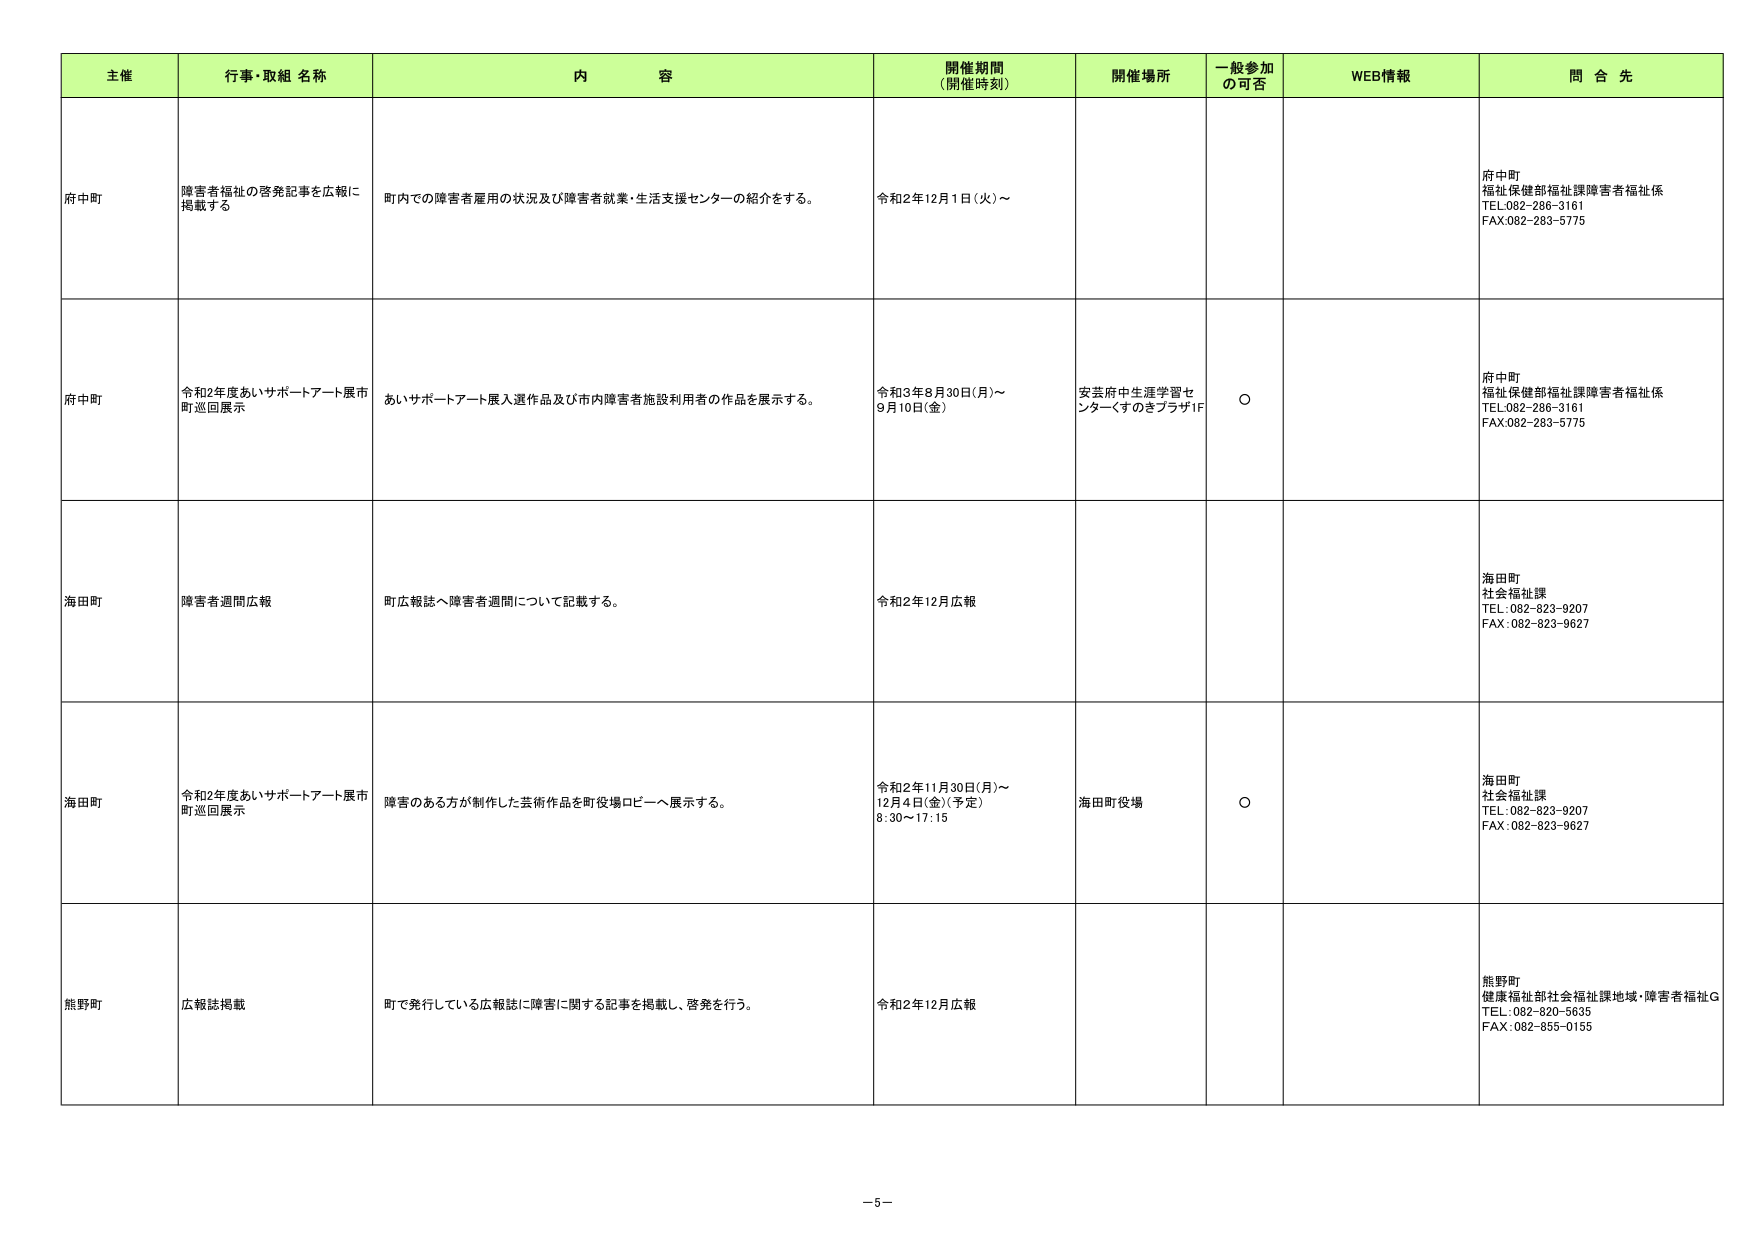
主催 行事・取組 名称 内 容 開催期間 (開催時刻) 開催場所 一般参加 の可否 WEB情報 問 合 先
府中町 障害者福祉の啓発記事を広報に 掲載する 町内での障害者雇用の状況及び障害者就業・生活支援センターの紹介をする。 令和2年12月1日(火)～ 府中町 福祉保健部福祉課障害者福祉係 TEL:082-286-3161 FAX:082-283-5775
府中町 令和2年度あいサポートアート展市 町巡回展示 あいサポートアート展入選作品及び市内障害者施設利用者の作品を展示する。 令和3年8月30日(月)～ 9月10日(金) 安芸府中生涯学習セ ンターくすのきプラザ1F ○ 府中町 福祉保健部福祉課障害者福祉係 TEL:082-286-3161 FAX:082-283-5775
海田町 障害者週間広報 町広報誌へ障害者週間について記載する。 令和2年12月広報 海田町 社会福祉課 TEL:082-823-9207 FAX:082-823-9627
海田町 令和2年度あいサポートアート展市 町巡回展示 障害のある方が制作した芸術作品を町役場ロビーへ展示する。 令和2年11月30日(月)～ 12月4日(金)(予定) 8:30～17:15 海田町役場 ○ 海田町 社会福祉課 TEL:082-823-9207 FAX:082-823-9627
熊野町 広報誌掲載 町で発行している広報誌に障害に関する記事を掲載し、啓発を行う。 令和2年12月広報 熊野町 健康福祉部社会福祉課地域・障害者福祉G TEL:082-820-5635 FAX:082-855-0155
－5－